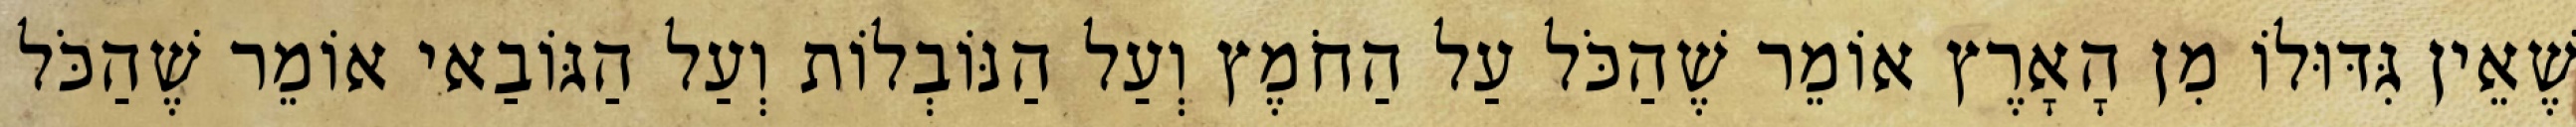
שֶׁאֵין גִּדּוּלוֹ מִן הָאָרֶץ אוֹמֵר שֶׁהַכֹּל עַל הַחֹמֶץ וְעַל הַנּוֹבְלוֹת וְעַל הַגּוֹבַאי אוֹמֵר שֶׁהַכֹּל